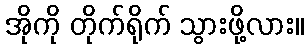
အိုကို တိုက်ရိုက် သွားဖို့လား။